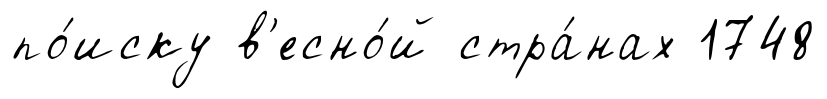
по́иску в'есно́й стра́нах 1748